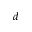
d